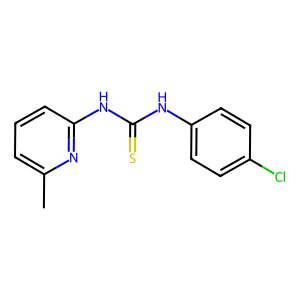
SMILES: Cc1cccc(NC(=S)Nc2ccc(Cl)cc2)n1
Inhibits HIV replication: No